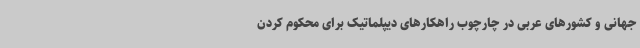
جهانی و کشورهای عربی در چارچوب راهکارهای دیپلماتیک برای محکوم‌ کردن